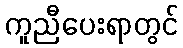
ကူညီပေးရာတွင်